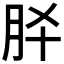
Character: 𮶕